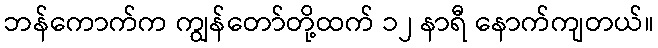
ဘန်ကောက်က ကျွန်တော်တို့ထက် ၁၂ နာရီ နောက်ကျတယ်။